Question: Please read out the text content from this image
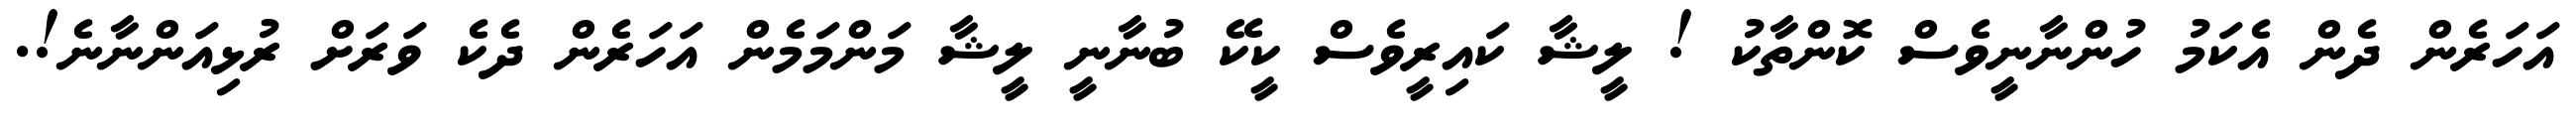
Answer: އަހަރެން ދެން އެކަމު ހުންނާނީވެސް ކޮންތާކު ! ލީޝާ ކައިރީވެސް ކީކޭ ބުނާނީ ލީޝާ މަންމަމެން އަހަރެން ދެކެ ވަރަށް ރުޅިއަންނާނެ!.